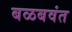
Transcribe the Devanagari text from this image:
बळबवंत